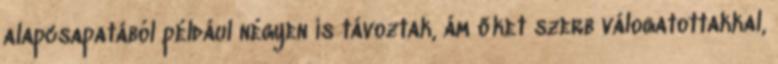
alapcsapatából például négyen is távoztak, ám őket szerb válogatottakkal,